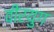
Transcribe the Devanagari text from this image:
वीरयुग